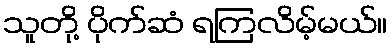
သူတို့ ပိုက်ဆံ ရကြလိမ့်မယ်။